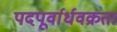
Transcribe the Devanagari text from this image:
पदपूर्वार्धवक्रता